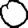
Digit: 0